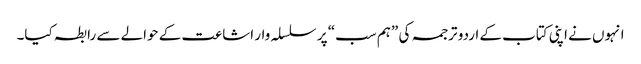
انہوں نے اپنی کتاب کے اردو ترجمہ کی ”ہم سب“ پر سلسلہ وار اشاعت کے حوالے سے رابطہ کیا۔